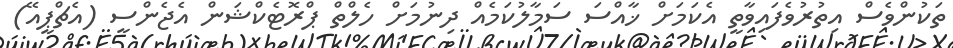
ތަކުންވެސް އިތުރުވެފައިވާތީ އެކަމަށް ޚާއްސަ ސަމާލުކަމެއް ދިނުމަށް ހެލްތް ޕްރޮޓެކްޝަން އެޖެންސީ (އެޗްޕީއޭ)